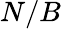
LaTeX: N/B